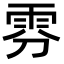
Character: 雰